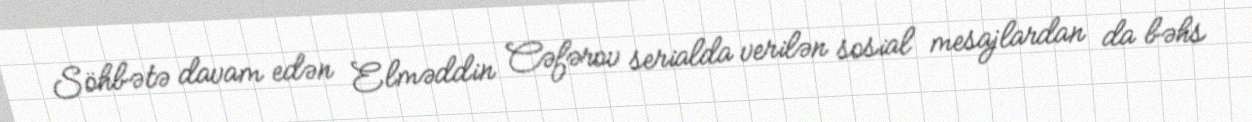
Söhbətə davam edən Elməddin Cəfərov serialda verilən sosial mesajlardan da bəhs